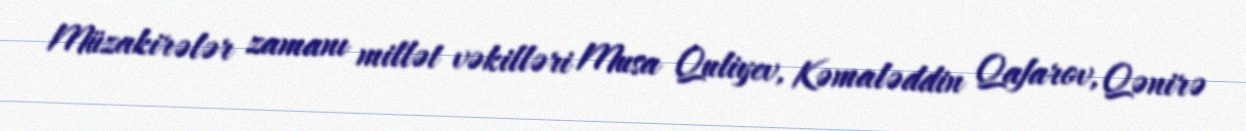
Müzakirələr zamanı millət vəkilləri Musa Quliyev, Kəmaləddin Qafarov, Qənirə